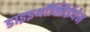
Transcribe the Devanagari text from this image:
डाइइथॉक्सिईथेन